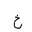
Letter: _kha